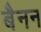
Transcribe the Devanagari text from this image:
बैनन